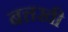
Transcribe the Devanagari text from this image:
बत्तखी